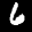
Label: 6